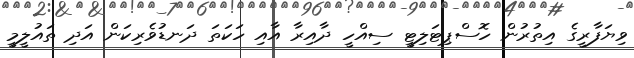
ވިޔަފާރީގެ އިތުރުން ހޮސްޕިޓަލިޓީ ސިއްހީ ދާއިރާ އާއި ހަކަތަ ދަނޑުވެރިކަން އަދި ތައުލީމީ